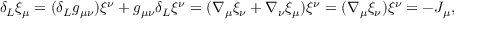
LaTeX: \delta _ { L } \xi _ { \mu } = ( \delta _ { L } g _ { \mu \nu } ) \xi ^ { \nu } + g _ { \mu \nu } \delta _ { L } \xi ^ { \nu } = ( \nabla _ { \mu } \xi _ { \nu } + \nabla _ { \nu } \xi _ { \mu } ) \xi ^ { \nu } = ( \nabla _ { \mu } \xi _ { \nu } ) \xi ^ { \nu } = - { \cal J } _ { \mu } ,